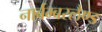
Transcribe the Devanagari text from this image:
नार्बम्बरलैण्ड